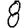
Digit: 8